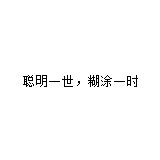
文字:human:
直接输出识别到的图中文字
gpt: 聪明一世﹐糊涂一时